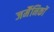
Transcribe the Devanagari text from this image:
जर्मैनिकों